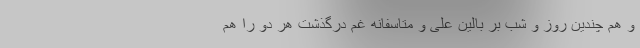
و هم چندین روز و شب بر بالین علی و متاسفانه غم درگذشت هر دو را هم